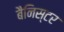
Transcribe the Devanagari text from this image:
बैनिस्टर